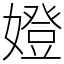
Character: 嬁